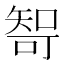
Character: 𰦘